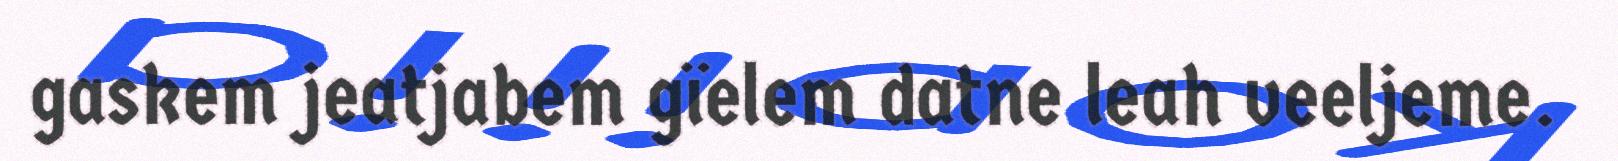
gaskem jeatjabem gïelem datne leah veeljeme.